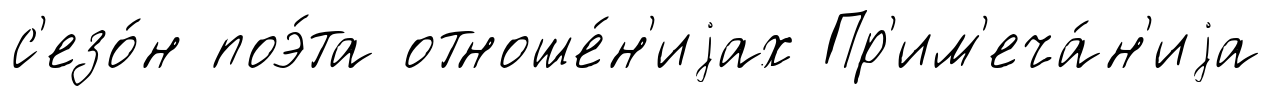
с'езо́н поэ́та отноше́н'иjах Пр'им'еча́н'иjа